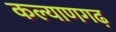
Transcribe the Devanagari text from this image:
कल्याणगढ़